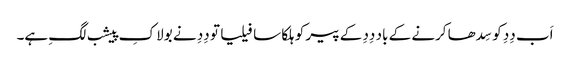
اَب دِدِ کو سِدھا کرنے کے باد دِدِ کے پیر کو ہلکا سا فیلیا تو دِدِ نے بولا کِ پیشب لگِ ہے۔